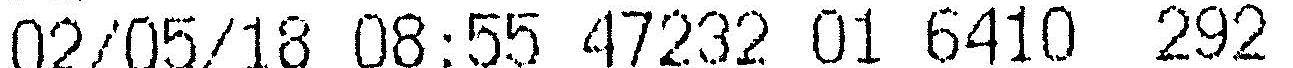
02/05/18 08:55 47232 01 6410 292